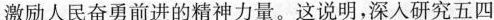
激励人民奋勇前进的精神力量。这说明，深入研究五四